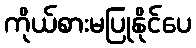
ကိုယ်စားမပြုနိုင်ပေ